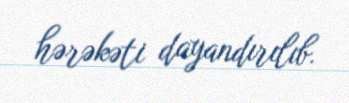
hərəkəti dayandırılıb.